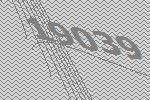
19039